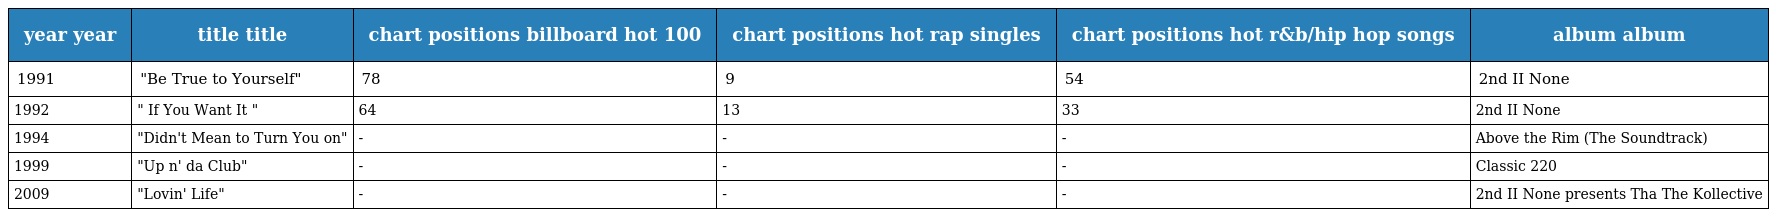
| year year | title title | chart positions billboard hot 100 | chart positions hot rap singles | chart positions hot r&b/hip hop songs | album album |
 | --- | --- | --- | --- | --- | --- |
 | 1991 | "Be True to Yourself" | 78 | 9 | 54 | 2nd II None |
 | 1992 | " If You Want It " | 64 | 13 | 33 | 2nd II None |
 | 1994 | "Didn't Mean to Turn You on" | - | - | - | Above the Rim (The Soundtrack) |
 | 1999 | "Up n' da Club" | - | - | - | Classic 220 |
 | 2009 | "Lovin' Life" | - | - | - | 2nd II None presents Tha The Kollective |